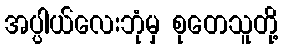
အပ္ပါယ်လေးဘုံမှ စုတေသူတို့